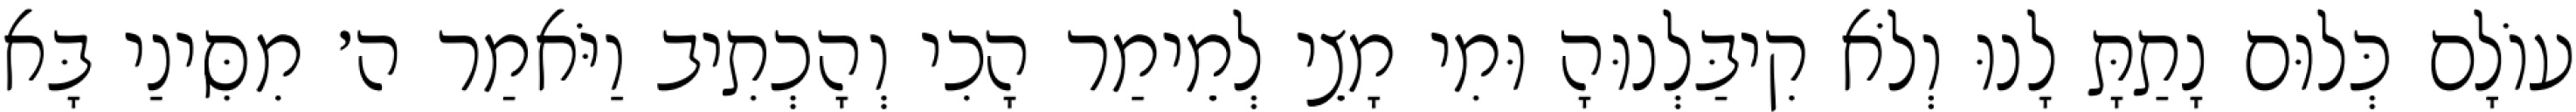
עוֹלָם כְּלוּם נָתַתָּ לָנוּ וְלֹא קִיבַּלְנוּהָ וּמִי מָצֵי לְמֵימַר הָכִי וְהָכְתִיב וַיֹּאמַר ה׳ מִסִּינַי בָּא